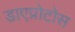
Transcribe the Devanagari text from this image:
डाएप्रोटोस